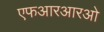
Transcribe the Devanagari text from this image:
एफआरआरओ